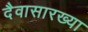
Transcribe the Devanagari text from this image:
दैवासारख्या